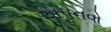
અપનવો